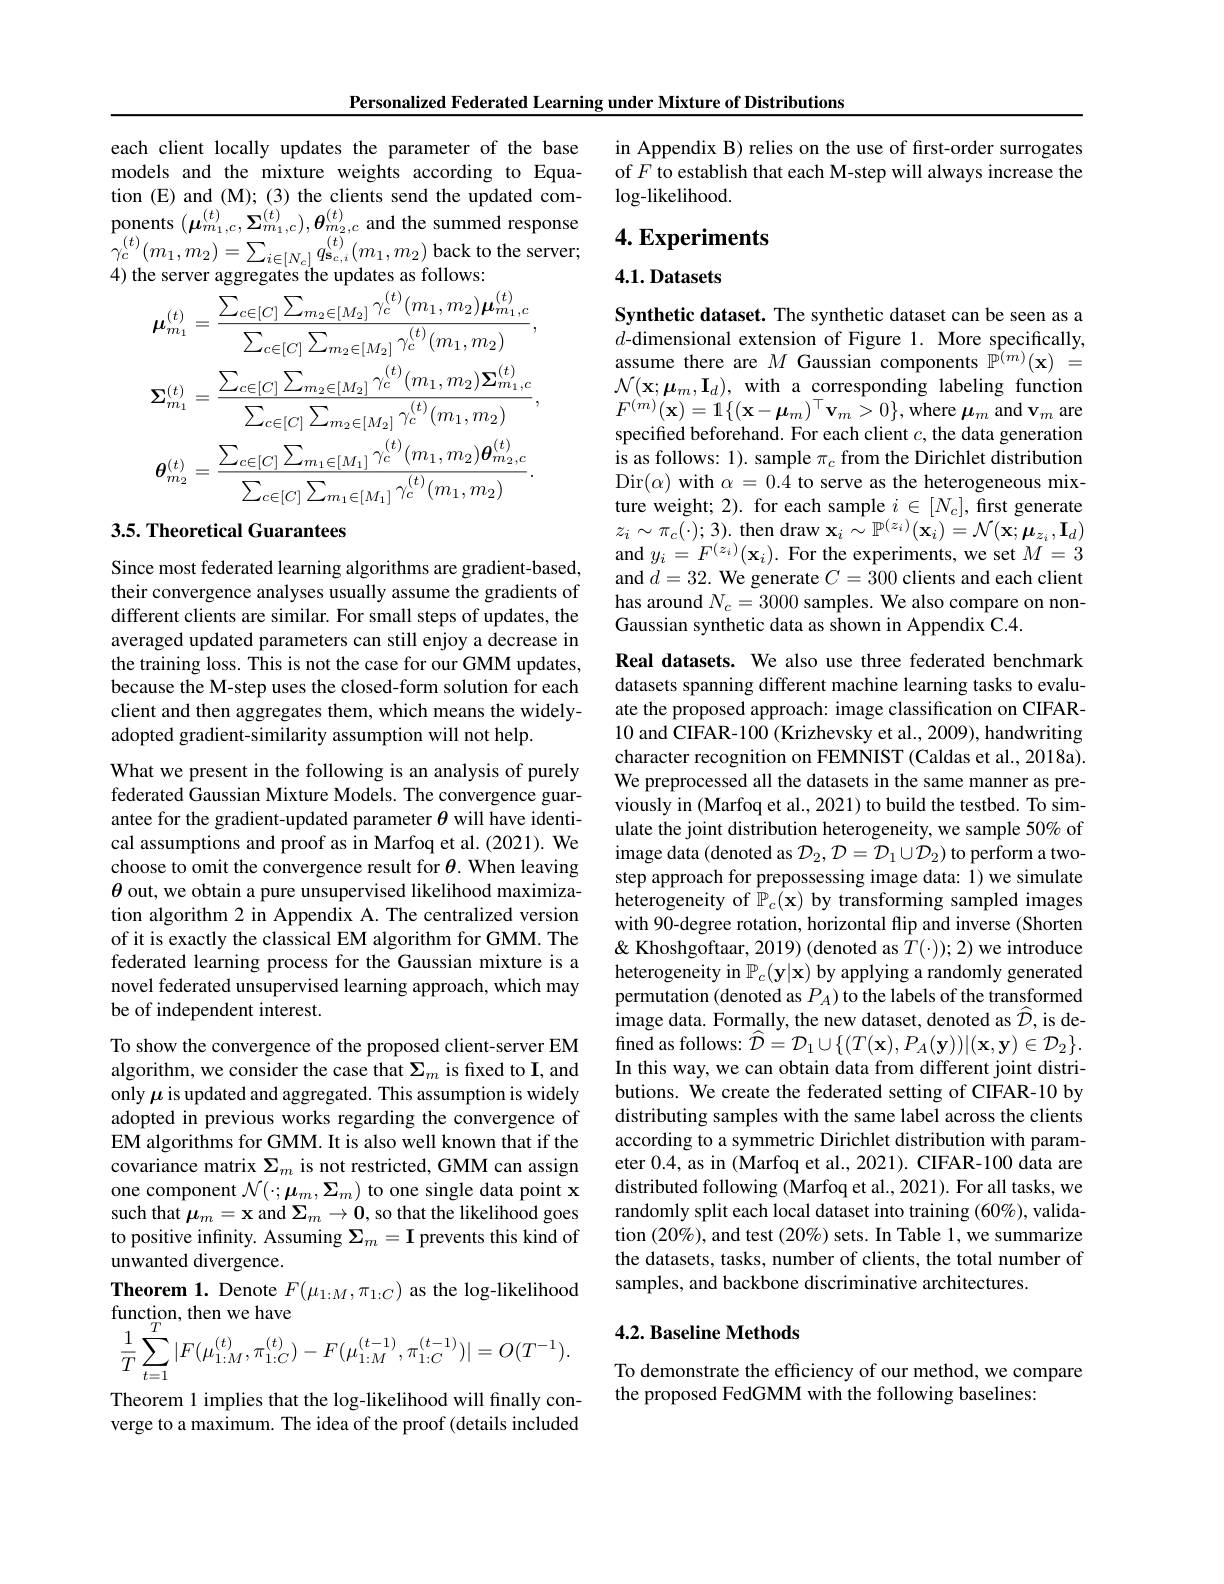
Personalized Federated Learning under Mixture of Distributions

each client locally updates the parameter of the base models and the mixture weights according to Equation (E) and (M); (3) the clients send the updated com- $\begin{array}{c}{\mathrm{ponents~}(\boldsymbol{\mu}_{m_{1},c}^{(t)},\boldsymbol{\Sigma}_{m_{1},c}^{(t)}),\boldsymbol{\theta}_{m_{2},c}^{(t)}\mathrm{and~the~summed~response}}\\{\mathrm{ponents~}(\boldsymbol{\mu}_{m_{1},c}^{(t)},\boldsymbol{\Sigma}_{m_{1},c}^{(t)}),\boldsymbol{\theta}_{m_{2},c}^{(t)}\mathrm{and~the~summed~resp}}\end{array}$ $\begin{array}{l}{\gamma_{c}^{(t)}(m_{1},m_{2})=\sum_{i\in[N_{c}]}q_{\mathbf{s}_{c,i}}^{(t)}(m_{1},m_{2})\mathrm{~back~to~the~server;}}\\{4)\mathrm{~the~server~aggregates~the~updates~as~follows:}}\end{array}$
$$\boldsymbol{\mu}_{m_{1}}^{(t)}=\frac{\sum_{c\in[C]}\sum_{m_{2}\in[M_{2}]}\gamma_{c}^{(t)}(m_{1},m_{2})\boldsymbol{\mu}_{m_{1},c}^{(t)}}{\sum_{c\in[C]}\sum_{m_{2}\in[M_{2}]}\gamma_{c}^{(t)}(m_{1},m_{2})},\\\boldsymbol{\Sigma}_{m_{1}}^{(t)}=\frac{\sum_{c\in[C]}\sum_{m_{2}\in[M_{2}]}\gamma_{c}^{(t)}(m_{1},m_{2})\boldsymbol{\Sigma}_{m_{1},c}^{(t)}}{\sum_{c\in[C]}\sum_{m_{2}\in[M_{2}]}\gamma_{c}^{(t)}(m_{1},m_{2})},\\\boldsymbol{\theta}_{m_{2}}^{(t)}=\frac{\sum_{c\in[C]}\sum_{m_{1}\in[M_{1}]}\gamma_{c}^{(t)}(m_{1},m_{2})\boldsymbol{\theta}_{m_{2},c}^{(t)}}{\sum_{c\in[C]}\sum_{m_{1}\in[M_{1}]}\gamma_{c}^{(t)}(m_{1},m_{2})}.$$
## 3.5. Theoretical Guarantees

Since most federated learning algorithms are gradient-based, their convergence analyses usually assume the gradients of different clients are similar. For small steps of updates, the averaged updated parameters can still enjoy a decrease in the training loss. This is not the case for our GMM updates, because the M-step uses the closed-form solution for each client and then aggregates them, which means the widelyadopted gradient-similarity assumption will not help.

What we present in the following is an analysis of purely federated Gaussian Mixture Models. The convergence guarantee for the gradient-updated parameter $\theta$ will have identical assumptions and proof as in Marfoq et al. (2021). We choose to omit the convergence result for $\theta.$ When leaving $\theta$ out, we obtain a pure unsupervised likelihood maximization algorithm 2 in Appendix A. The centralized version of it is exactly the classical EM algorithm for GMM. The federated learning process for the Gaussian mixture is a novel federated unsupervised learning approach, which may be of independent interest.

To show the convergence of the proposed client-server EM algorithm, we consider the case that $\Sigma_m$ is fixed to I, and only $\mu$ is updated and aggregated. This assumption is widely adopted in previous works regarding the convergence of EM algorithms for GMM. It is also well known that if the covariance matrix $\Sigma_m$ is not restricted, GMM can assign one component $\mathcal{N}(\cdot;\boldsymbol{\mu}_{m},\boldsymbol{\Sigma}_{m})$ to one single data point x such that $\mu_m=\mathbf{x}$ and $\Sigma_m\to\mathbf{0}$, so that the likelihood goes to positive infinity. Assuming $\Sigma_m=\mathbf{I}$ prevents this kind of unwanted divergence.
Theorem 1. Denote $F(\mu_{1:M},\pi_{1:C})$ as the log-likelihood
$$\begin{aligned}&\text{ancuon, uncn wc navc}\\&\frac{1}{T}\sum_{t=1}^{T}|F(\mu_{1:M}^{(t)},\pi_{1:C}^{(t)})-F(\mu_{1:M}^{(t-1)},\pi_{1:C}^{(t-1)})|=O(T^{-1}).\end{aligned}$$
Theorem 1 implies that the log-likelihood will finally converge to a maximum. The idea of the proof (details included

in Appendix B) relies on the use of first-order surrogates of $F$ to establish that each M-step will always increase the $\log$-likelihood.

## $4. \textbf{Experiments}$

### 4.1.Datasets

Synthetic dataset. The synthetic dataset can be seen as a $d$-dimensional extension of Figure 1. More specifically, assume there are $M$ Gaussian components $\mathbb{P}^{(m)}(\mathbf{x})=$ $\mathcal{N}(\mathbf{x};\boldsymbol{\mu}_{m},\mathbf{I}_{d})$, with a corresponding labeling function $F^{(m)}(\mathbf{x})=1\{(\mathbf{x}-\boldsymbol{\mu}_{m})^{\top}\mathbf{v}_{m}>0\}$,where $\boldsymbol\mu_{m}$ and $\mathbf{v}_{m}$ are specified beforehand. For each client $c$, the data generation is as follows: 1). sample $\pi_c$ from the Dirichlet distribution Dir$(\alpha)$ with $\alpha=0.4$ to serve as the heterogeneous mixture weight; 2). for each sample $i\in[N_c]$, first generate $z_{i}\sim\pi_{c}(\cdot);3).$ then draw $\mathbf{x}_i\sim\mathbb{P}^{(z_{i})}(\mathbf{x}_{i})=\mathcal{N}(\mathbf{x};\boldsymbol{\mu}_{z_{i}},\mathbf{I}_{d})$ and $y_i=F^{(z_i)}(\mathbf{x}_i).$ For the experiments, we set $M=3$ and $d=32.$ We generate $C=300$ clients and each client has around $N_c=3000$ samples. We also compare on nonGaussian synthetic data as shown in Appendix C.4

Real datasets. We also use three federated benchmark datasets spanning different machine learning tasks to evaluate the proposed approach: image classification on CIFAR- 10 and CIFAR-100 (Krizhevsky et al., 2009), handwriting character recognition on FEMNIST (Caldas et al., 2018a). We preprocessed all the datasets in the same manner as previously in (Marfoq et al., 2021) to build the testbed. To simulate the joint distribution heterogeneity, we sample 50% of image data (denoted as $\mathcal{D}_2,\mathcal{D}=\mathcal{D}_1\cup\mathcal{D}_2)$ to perform a twostep approach for prepossessing image data: 1) we simulate heterogeneity of $\mathbb{P}_c(\mathbf{x})$ by transforming sampled images with 90-degree rotation, horizontal flip and inverse (Shorten & Khoshgoftaar, 2019) (denoted as $T(\cdot));$ 2) we introduce heterogeneity in $\mathbb{P}_c(\mathbf{y}|\mathbf{x})$ by applying a randomly generated permutation (denoted as $P_A)$ to the labels of the transformed image data. Formally, the new dataset, denoted as $\widehat{\mathcal{D}}$, is de- ${\mathrm{fined~as~follows: }}{\widehat{\mathcal{D} } }= {\mathcal{D} }_{1}\cup \{ ( T( \mathbf{x} ) , P_{A}( \mathbf{y} ) ) | ( \mathbf{x} , \mathbf{y} ) \in {\mathcal{D} }_{2}\} .$ In this way, we can obtain data from different joint distributions. We create the federated setting of CIFAR-10 by distributing samples with the same label across the clients according to a symmetric Dirichlet distribution with parameter 0.4, as in (Marfoq et al., 2021). CIFAR-100 data are distributed following (Marfoq et al., 2021). For all tasks, we randomly split each local dataset into training (60%), validation $(20\%)$, and test $(20\%)$ sets. In Table 1, we summarize the datasets, tasks, number of clients, the total number of samples, and backbone discriminative architectures.
4.2. Baseline Methods

To demonstrate the efficiency of our method, we compare
the proposed FedGMM with the following baselines: